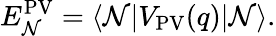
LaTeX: E_{\mathcal{N}}^{\mathrm{{PV}}}=\langle{\mathcal{N}}|V_{\mathrm{{PV}}}(q)|{\mathcal{N}}\rangle.